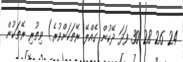
24 26 28 30 ފަދަ ދޭކުން ގެއްލޭ ރޭތަކަށްވުރެ) ވިތުރި ރޭތަކުން